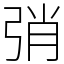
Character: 弰